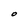
Character: O